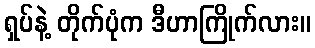
ရှပ်နဲ့ တိုက်ပုံက ဒီဟာကြိုက်လား။